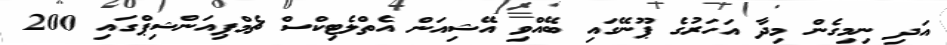
އަދި ނިމިގެން މިދާ އަހަރުގެ ޕޫނޭގައި ބޭއްވި އޭޝިއަން އެތްލެޓިކްސް ޗެމްޕިއަންޝިޕްގައި 200